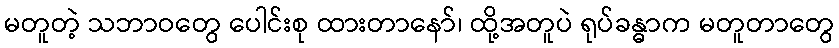
မတူတဲ့ သဘာဝတွေ ပေါင်းစု ထားတာနော်၊ ထို့အတူပဲ ရုပ်ခန္ဓာက မတူတာတွေ